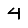
Digit: 4